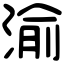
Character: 渝